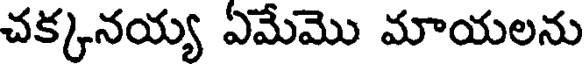
చక్కనయ్య ఏమేమొ మాయలను